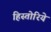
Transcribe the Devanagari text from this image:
हिस्तोरिये